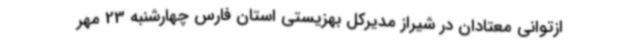
ازتوانی معتادان در شیراز مدیرکل بهزیستی استان فارس چهارشنبه 23 مهر